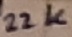
Text: 22K